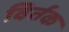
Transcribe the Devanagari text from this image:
विर्तक